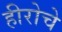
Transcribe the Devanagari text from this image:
हीरोचे